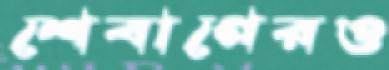
শেবাগেরও